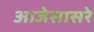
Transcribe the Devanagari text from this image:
आजेसासरे